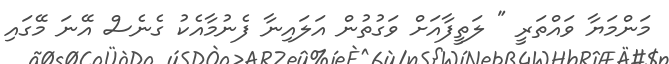
މަންމަޔާ ވައްތަރީ " ލަތީފާއަށް ވަގުތުން އަލައިނާ ފެނުމާއެކު ގެނެސް އޭނަ މޭގައި